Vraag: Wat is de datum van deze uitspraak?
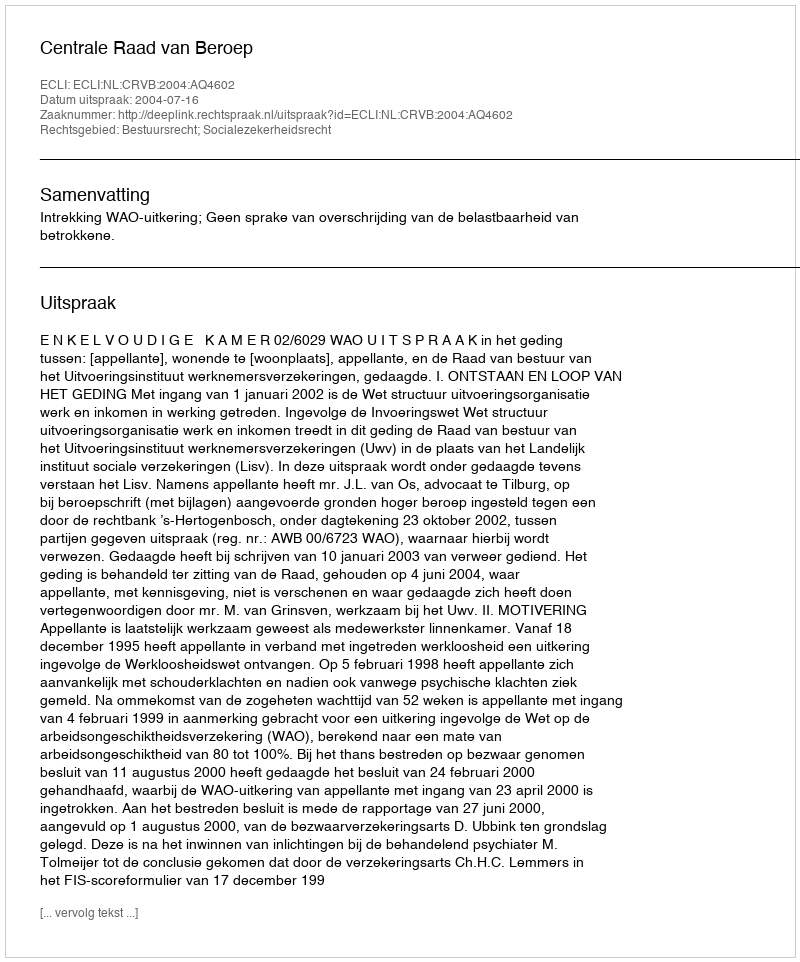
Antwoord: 2004-07-16